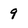
Character: 9